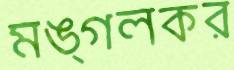
মঙ্গলকর